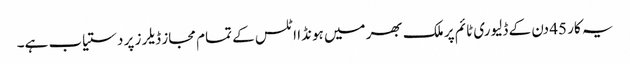
یہ کار 45 دن کے ڈلیوری ٹائم پر ملک بھر میں ہونڈا اٹلس کے تمام مجاز ڈیلرز پر دستیاب ہے۔